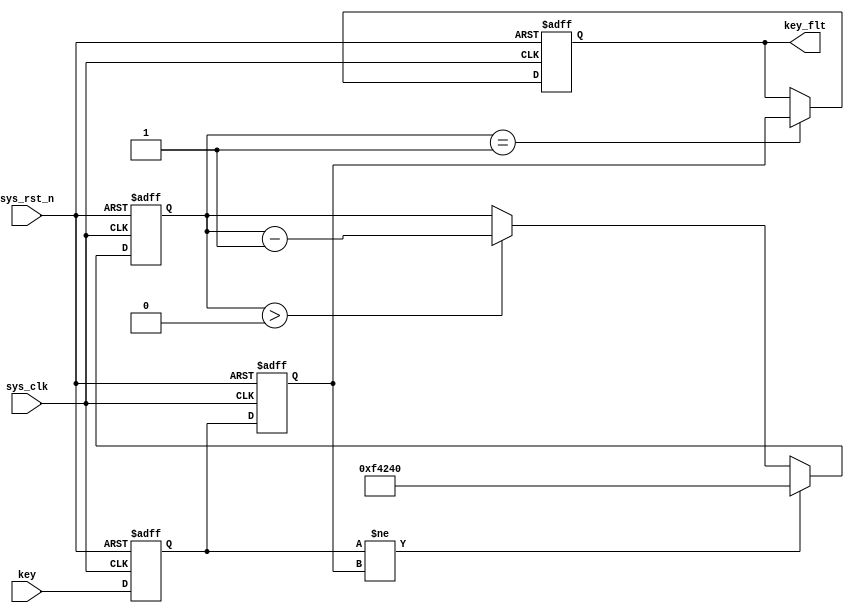
module key_debounce (
    input       sys_clk     ,
    input       sys_rst_n   ,
    input       key         ,
    output reg  key_flt
);
parameter COUNT_DLY = 20'd1_000_000;

// 
reg key_d0;
reg key_d1;
wire key_change;
assign key_change = (key_d0 != key_d1);
always @(posedge sys_clk or negedge sys_rst_n) begin
    if(!sys_rst_n) begin
        key_d0 <= 1'b1;
        key_d1 <= 1'b1;
    end
    else begin
        key_d0 <= key;
        key_d1 <= key_d0;
    end
end

// 
reg [19:0] counter;
always @(posedge sys_clk or negedge sys_rst_n) begin
    if(!sys_rst_n) 
        counter <= 'b0;
    else if(key_change)
        counter <= COUNT_DLY;
    else if(counter > 20'd0)
        counter <= counter - 1'b1;
    else
        counter <= counter;
end

// 
always @(posedge sys_clk or negedge sys_rst_n) begin
    if(!sys_rst_n)
        key_flt <= 1'b1;
    else if(counter == 20'd1)
        key_flt <= key_d1;
    else
        key_flt <= key_flt;
end


endmodule